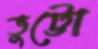
ভুট্টো